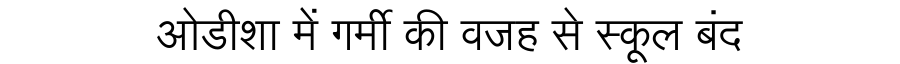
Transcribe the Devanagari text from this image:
ओडीशा में गर्मी की वजह से स्कूल बंद